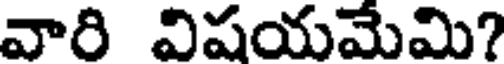
వారి విషయమేమి?